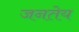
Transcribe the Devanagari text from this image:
जनतेय